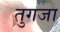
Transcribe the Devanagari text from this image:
तुगजा